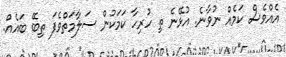
އެއްވެސް ކަމެއް ނުވާނެ. އުޅޭނެ ތި ހުރިހާ ކަމަކުން ސަލާމަތްވެފަ ތިބޭ ބައެއް.